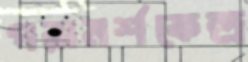
পরামর্শকেন্দ্র